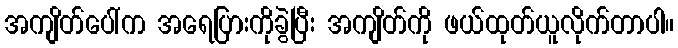
အကျိတ်ပေါ်က အရေပြားကိုခွဲပြီး အကျိတ်ကို ဖယ်ထုတ်ယူလိုက်တာပါ။